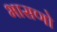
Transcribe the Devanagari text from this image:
भासणो